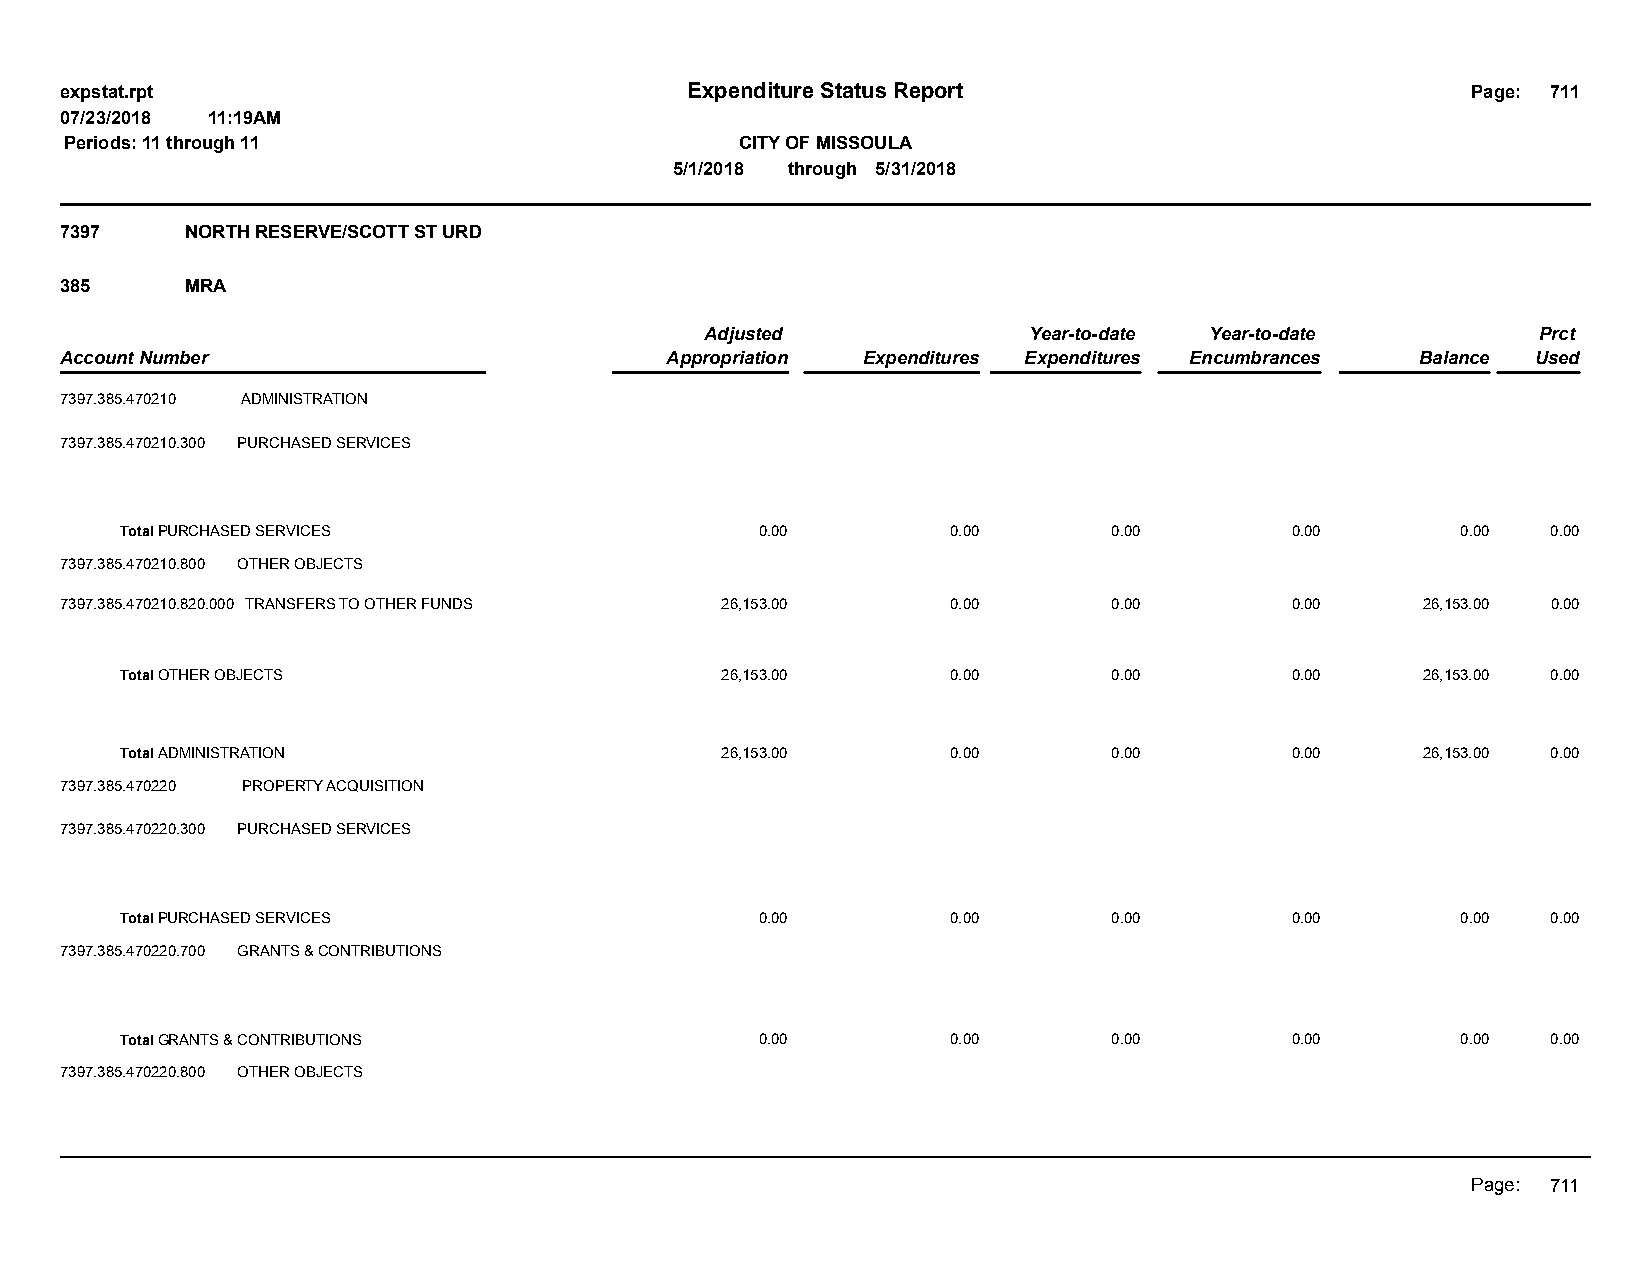
expstat.rpt                              Expenditure Status Report                           Page: 711
 07/23/2018 11:19AM
 Periods: 11 through 11                       CITY OF MISSOULA
 5/1/2018 through 5/31/2018
 7397    NORTH RESERVE/SCOTT ST URD
 385     MRA
 Adjusted             Year-to-date Year-to-date         Prct
 Account Number                          Appropriation Expenditures Expenditures Encumbrances Balance Used
 7397.385.470210 ADMINISTRATION
 7397.385.470210.300 PURCHASED SERVICES
 Total PURCHASED SERVICES                  0.00         0.00       0.00       0.00        0.00  0.00
 7397.385.470210.800 OTHER OBJECTS
 7397.385.470210.820.000 TRANSFERS TO OTHER FUNDS 26,153.00 0.00       0.00       0.00     26,153.00 0.00
 Total OTHER OBJECTS                     26,153.00      0.00       0.00       0.00     26,153.00 0.00
 Total ADMINISTRATION                    26,153.00      0.00       0.00       0.00     26,153.00 0.00
 7397.385.470220 PROPERTY ACQUISITION
 7397.385.470220.300 PURCHASED SERVICES
 Total PURCHASED SERVICES                  0.00         0.00       0.00       0.00        0.00  0.00
 7397.385.470220.700 GRANTS & CONTRIBUTIONS
 Total GRANTS & CONTRIBUTIONS              0.00         0.00       0.00       0.00        0.00  0.00
 7397.385.470220.800 OTHER OBJECTS
 Page: 711